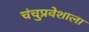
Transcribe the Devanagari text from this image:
चंचुप्रवेशाला